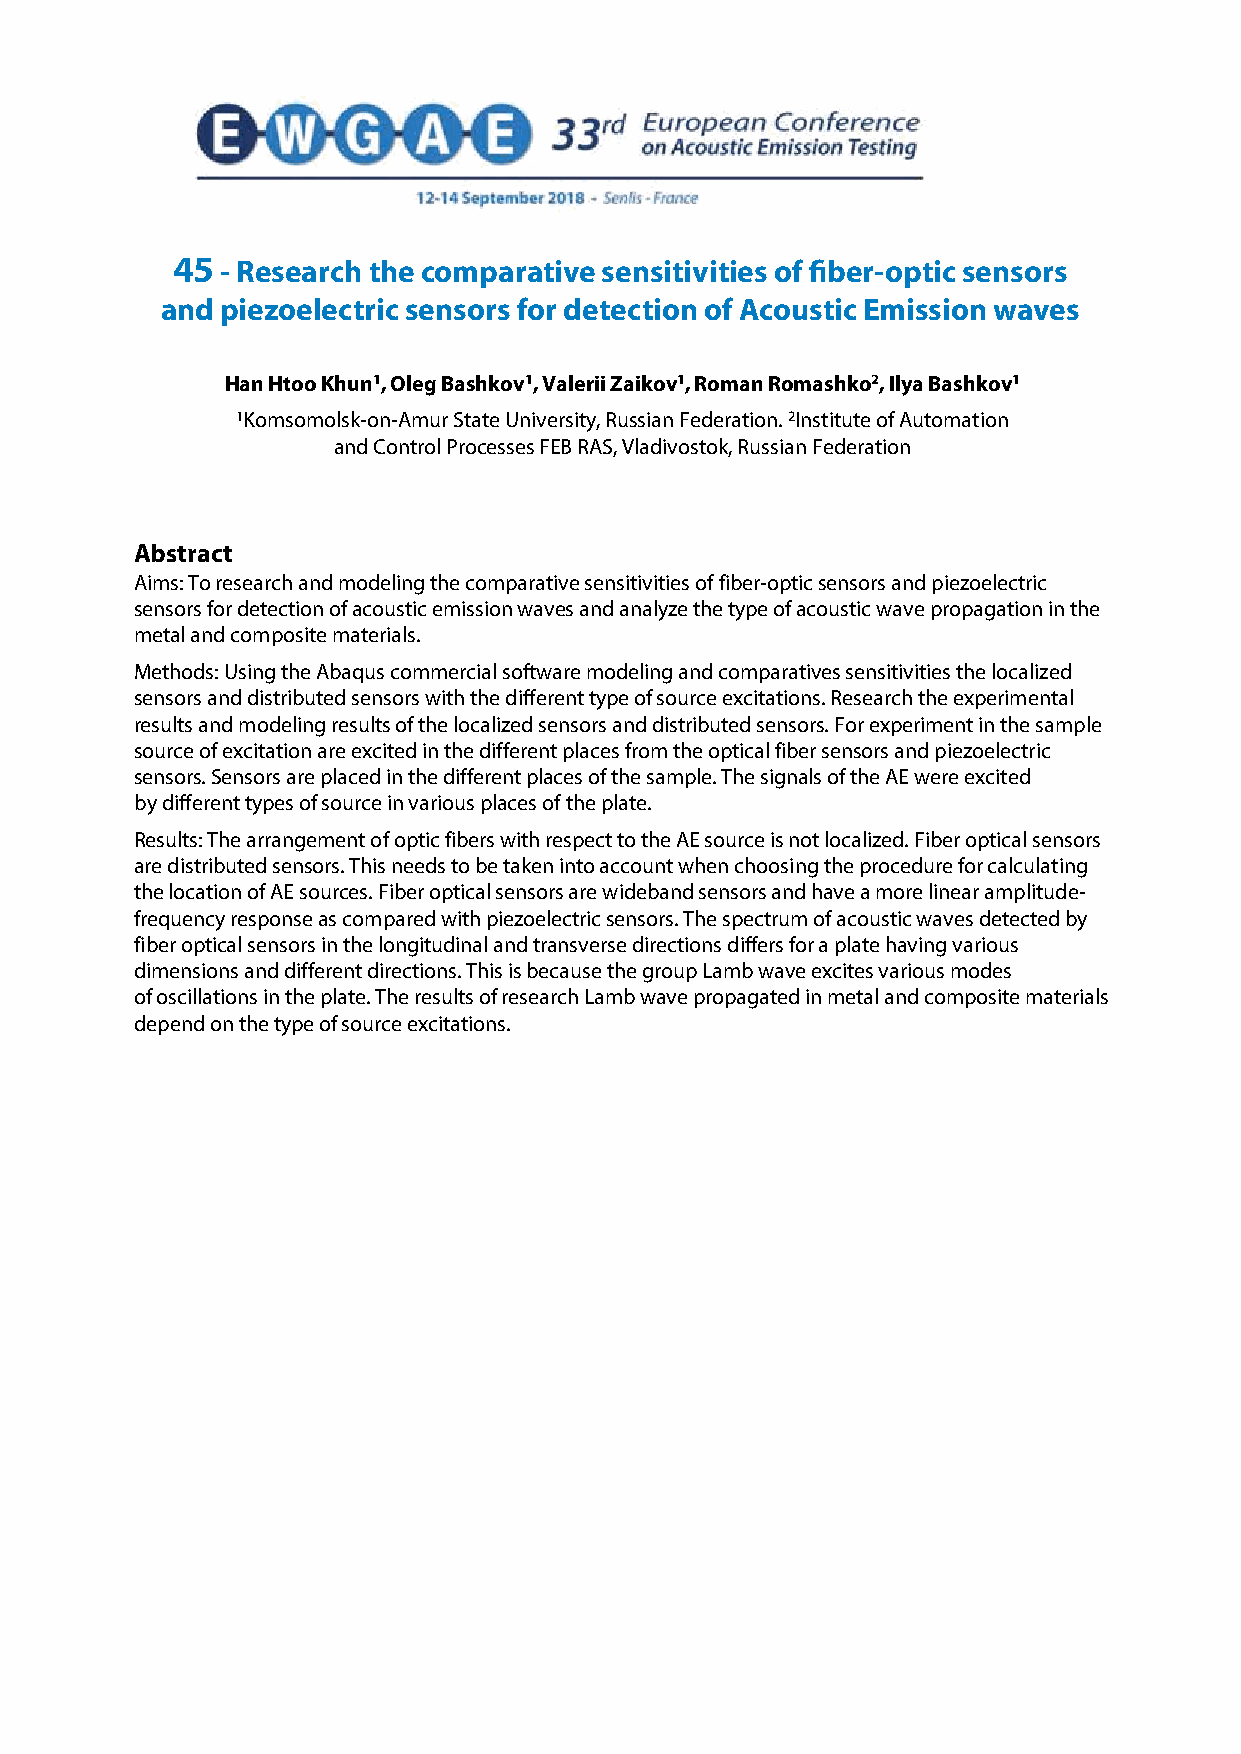
45  - Research the comparative sensitivities of fiber-optic sensors
 and piezoelectric sensors for detection of Acoustic Emission waves
 Han Htoo Khun1, Oleg Bashkov1, Valerii Zaikov1, Roman Romashko2, Ilya Bashkov1
 1Komsomolsk-on-Amur State University, Russian Federation. 2Institute of Automation
 and Control Processes FEB RAS, Vladivostok, Russian Federation
 Abstract
 Aims: To research and modeling the comparative sensitivities of fiber-optic sensors and piezoelectric
 sensors for detection of acoustic emission waves and analyze the type of acoustic wave propagation in the
 metal and composite materials.
 Methods: Using the Abaqus commercial software modeling and comparatives sensitivities the localized
 sensors and distributed sensors with the different type of source excitations. Research the experimental
 results and modeling results of the localized sensors and distributed sensors. For experiment in the sample
 source of excitation are excited in the different places from the optical fiber sensors and piezoelectric
 sensors. Sensors are placed in the different places of the sample. The signals of the AE were excited
 by different types of source in various places of the plate.
 Results: The arrangement of optic fibers with respect to the AE source is not localized. Fiber optical sensors
 are distributed sensors. This needs to be taken into account when choosing the procedure for calculating
 the location of AE sources. Fiber optical sensors are wideband sensors and have a more linear amplitude-
 frequency response as compared with piezoelectric sensors. The spectrum of acoustic waves detected by
 fiber optical sensors in the longitudinal and transverse directions differs for a plate having various
 dimensions and different directions. This is because the group Lamb wave excites various modes
 of oscillations in the plate. The results of research Lamb wave propagated in metal and composite materials
 depend on the type of source excitations.